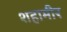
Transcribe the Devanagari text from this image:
शहामीर